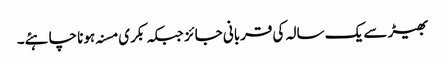
بھیڑ سے یک سالہ کی قربانی جائز جبکہ بکری مسنہ ہونا چاہئے۔